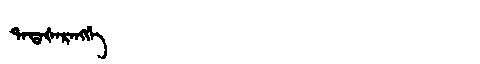
Manchu: ᡨᠠᡨᠠᡧᠠᡵᠠᠩᡤᡝ
Romanization: TATAŠARANGGE